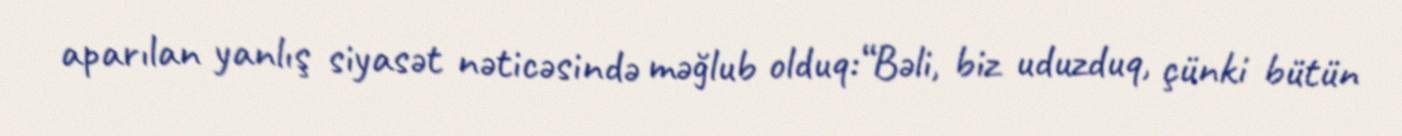
aparılan yanlış siyasət nəticəsində məğlub olduq:“Bəli, biz uduzduq, çünki bütün